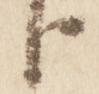
臣